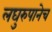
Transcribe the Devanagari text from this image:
लघुरुपानेच